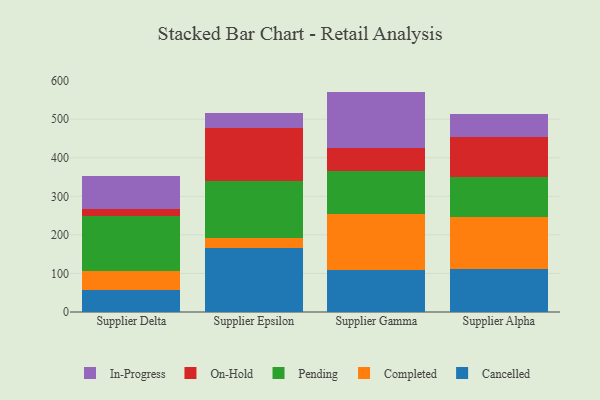
{"axis": {"x": "Supplier", "y": "Shipments"}, "legend": ["Cancelled", "Completed", "In-Progress", "On-Hold", "Pending"], "data": [{"x": "Supplier Delta", "y": 56.2, "type": "Cancelled"}, {"x": "Supplier Delta", "y": 50.8, "type": "Completed"}, {"x": "Supplier Delta", "y": 142.1, "type": "Pending"}, {"x": "Supplier Delta", "y": 17.5, "type": "On-Hold"}, {"x": "Supplier Delta", "y": 86.3, "type": "In-Progress"}, {"x": "Supplier Epsilon", "y": 165.9, "type": "Cancelled"}, {"x": "Supplier Epsilon", "y": 25.1, "type": "Completed"}, {"x": "Supplier Epsilon", "y": 149.6, "type": "Pending"}, {"x": "Supplier Epsilon", "y": 136.5, "type": "On-Hold"}, {"x": "Supplier Epsilon", "y": 38.7, "type": "In-Progress"}, {"x": "Supplier Gamma", "y": 109.7, "type": "Cancelled"}, {"x": "Supplier Gamma", "y": 143.4, "type": "Completed"}, {"x": "Supplier Gamma", "y": 111.5, "type": "Pending"}, {"x": "Supplier Gamma", "y": 61.4, "type": "On-Hold"}, {"x": "Supplier Gamma", "y": 145.6, "type": "In-Progress"}, {"x": "Supplier Alpha", "y": 110.4, "type": "Cancelled"}, {"x": "Supplier Alpha", "y": 136.7, "type": "Completed"}, {"x": "Supplier Alpha", "y": 101.9, "type": "Pending"}, {"x": "Supplier Alpha", "y": 105.4, "type": "On-Hold"}, {"x": "Supplier Alpha", "y": 60.0, "type": "In-Progress"}]}